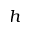
h